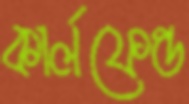
কার্লফেল্ড